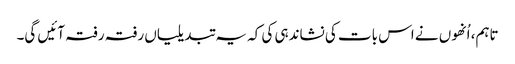
تاہم، اُنھوں نے اس بات کی نشاندہی کی کہ یہ تبدیلیاں رفتہ رفتہ آئیں گی۔